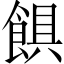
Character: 𩜃